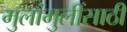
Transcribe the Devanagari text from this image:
मुलांमुलींसाठी